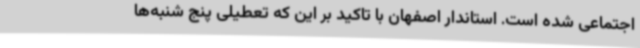
اجتماعی شده است. استاندار اصفهان با تاکید بر این که تعطیلی پنج شنبه‌ها